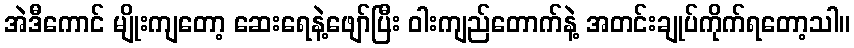
အဲဒီကောင် မျိုးကျတော့ ဆေးရေနဲ့ဖျော်ပြီး ဝါးကျည်တောက်နဲ့ အတင်းချုပ်ကိုက်ရတော့သါ။